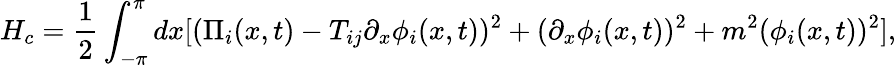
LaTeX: H_{c}=\frac{1}{2}\int_{-\pi}^{\pi}dx[(\Pi_{i}(x,t)-T_{ij}\partial_{x}\phi_{i}(x,t))^{2}+(\partial_{x}\phi_{i}(x,t))^{2}+m^{2}(\phi_{i}(x,t))^{2}],